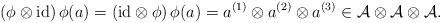
LaTeX: \begin{align*} (\phi \otimes \mathrm{id}) \, \phi (a) = (\mathrm{id} \otimes \phi) \, \phi (a) = a^{(1)} \otimes a^{(2)} \otimes a^{(3)} \in \cal{A} \otimes \cal{A} \otimes \cal{A}. \end{align*}